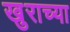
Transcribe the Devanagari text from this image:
खुराच्या